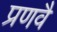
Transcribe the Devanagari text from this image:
प्रणवै